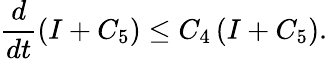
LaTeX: \frac{d}{dt}(I+C_{5})\leq C_{4}\left(I+C_{5}\right).